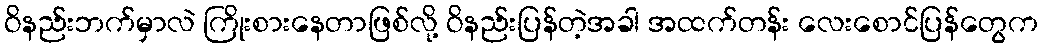
ဝိနည်းဘက်မှာလဲ ကြိုးစားနေတာဖြစ်လို့ ဝိနည်းပြန်တဲ့အခါ အထက်တန်း လေးစောင်ပြန်တွေက